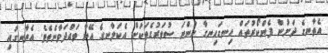
އެތާނގެ ދަށުން ފެންކޯރުތައް ހިނގަހިނގާ ހުންނަ ސުވަރުގެތަކަށް އެކަލާނގެ އޭނާ ވައްދަވާނެތެވެ. އެތާނގައި